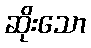
ဆိုးသော